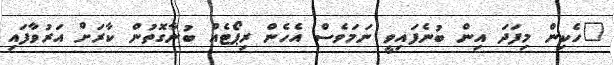
"ހެކިން މިފަދަ އިން ބުނެފައިވީ ނަމަވެސް އެހެން ރިޕޯޓެއް ބުނާގޮތުން ކާރަށް އަރުވާފައި